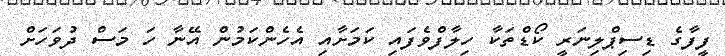
ފީފާގެ ޑިސިޕްލިނަރީ ކޯޑްތަކާ ހިލާފްވެފައި ކަމަށާއި އެހެންކަމުން އޭނާ ހަ މަސް ދުވަހަށް